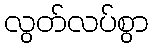
လွတ်လပ်စွာ